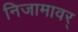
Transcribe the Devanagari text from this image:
निजामावर्